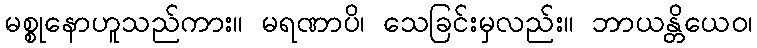
မစ္စုနောဟူသည်ကား။ မရဏာပိ၊ သေခြင်းမှလည်း။ ဘာယန္တိယေဝ၊